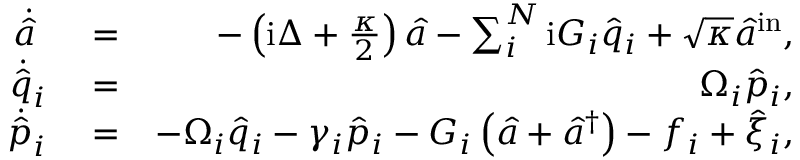
\begin{array} { r l r } { \dot { \hat { a } } \ } & { { } = } & { - \left( \mathrm { i } \Delta + \frac { \kappa } { 2 } \right) \hat { a } - \sum _ { i } ^ { N } \mathrm { i } G _ { i } \hat { q } _ { i } + \sqrt { \kappa } \hat { a } ^ { \mathrm { i n } } , } \\ { \dot { \hat { q } } _ { i } } & { { } = } & { \ \Omega _ { i } \hat { p } _ { i } , } \\ { \dot { \hat { p } } _ { i } } & { { } = } & { - \Omega _ { i } \hat { q } _ { i } - \gamma _ { i } \hat { p } _ { i } - G _ { i } \left( \hat { a } + \hat { a } ^ { \dagger } \right) - f _ { i } + \hat { \xi } _ { i } , } \end{array}